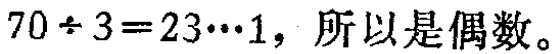
$70\div 3 = 23\cdots 1，所以是偶数。$